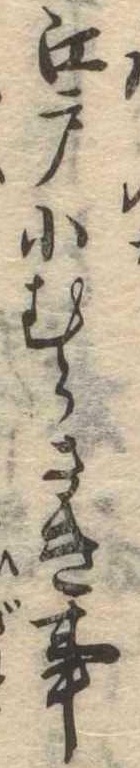
江戸小むらさき事